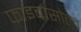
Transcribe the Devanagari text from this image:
फाइब्रोसोल्व